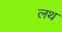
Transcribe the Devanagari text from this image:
लथ